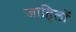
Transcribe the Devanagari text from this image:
जाहिलों